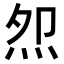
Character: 𭴕